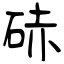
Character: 硳